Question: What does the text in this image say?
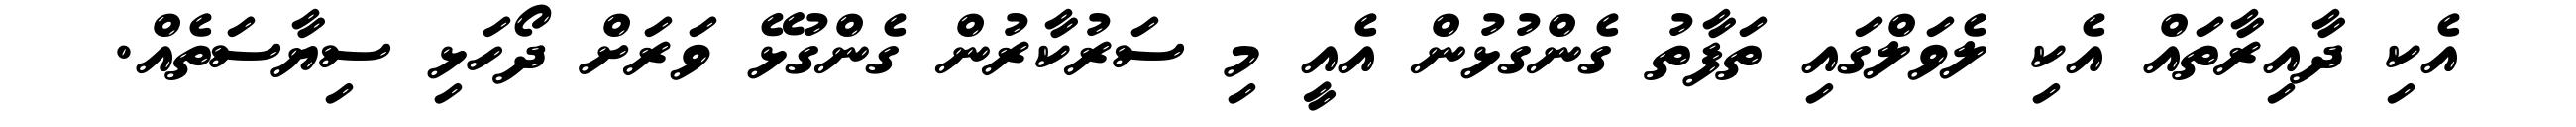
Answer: އެކި ދާއިރާތައް އެކި ލެވަލްގައި ތަފާތު ގެންގުޅުން އެއީ މި ސަރުކާރުން ގެންގުޅޭ ވަރަށް ދޯހަޅި ސިޔާސަތެއް.